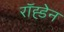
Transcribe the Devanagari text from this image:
रॉह्डेन